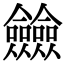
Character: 𠑲